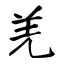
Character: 羌